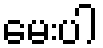
မေးပါ